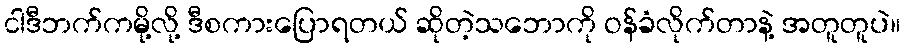
ငါဒီဘက်ကမို့လို့ ဒီစကားပြောရတယ် ဆိုတဲ့သဘောကို ဝန်ခံလိုက်တာနဲ့ အတူတူပဲ။